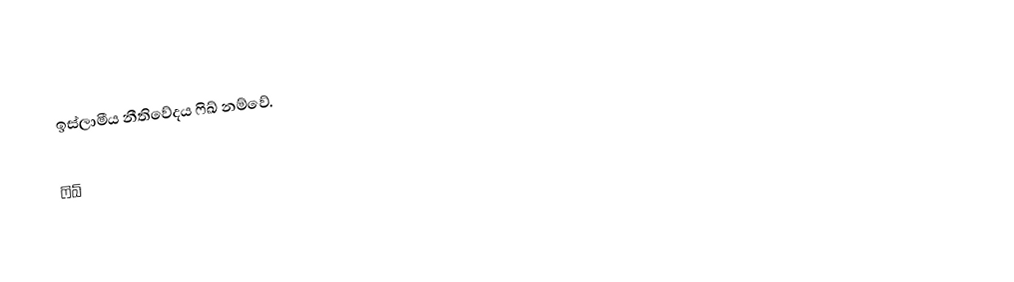
ඉස්ලාමීය නීතිවේදය ෆිඛ් නම්වේ.

ෆිඛ්